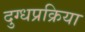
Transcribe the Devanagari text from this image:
दुग्धप्रक्रिया